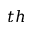
t h